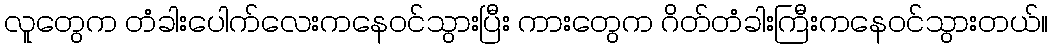
လူတွေက တံခါးပေါက်လေးကနေဝင်သွားပြီး ကားတွေက ဂိတ်တံခါးကြီးကနေဝင်သွားတယ်။